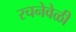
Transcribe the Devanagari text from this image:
रचनेवेळी